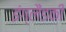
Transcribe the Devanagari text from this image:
इंग्लैंडकी